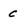
Character: C